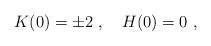
LaTeX: \begin{align*}K(0)=\pm 2 \ , \quad H(0)=0\ , \end{align*}